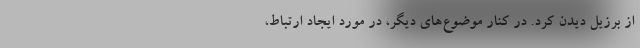
از برزیل دیدن کرد. در کنار موضوع‌های دیگر، در مورد ایجاد ارتباط،